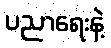
ပညာရေးနဲ့